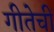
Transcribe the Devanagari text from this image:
गीतेचीं